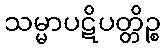
သမ္မာပဋိပတ္တိဉ္စ